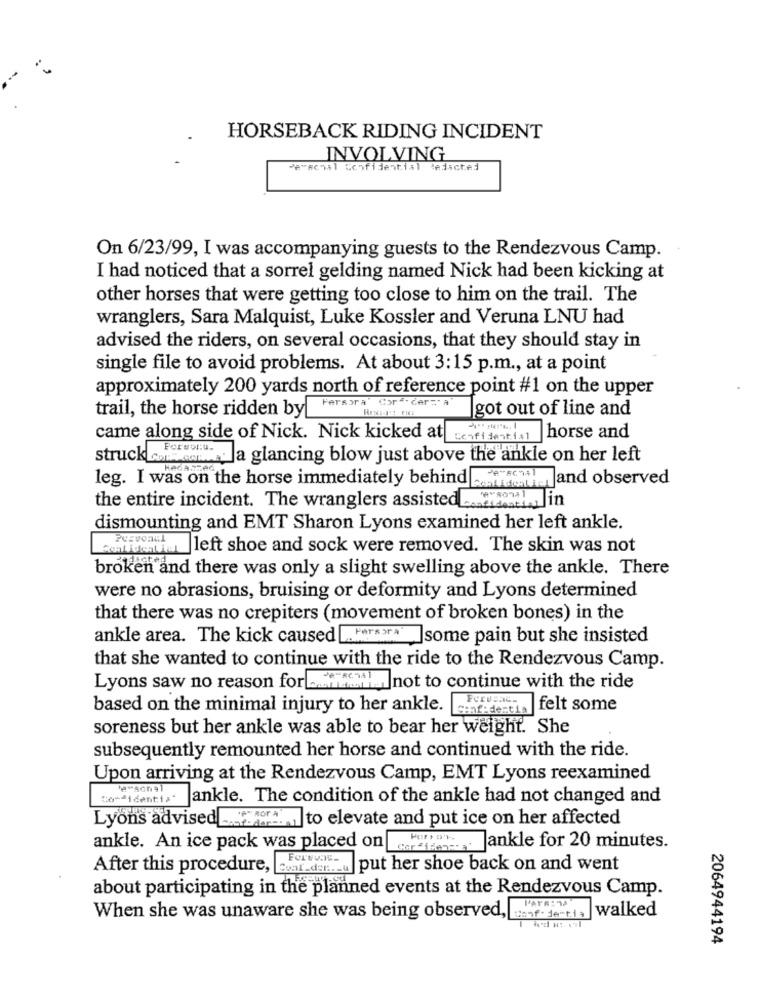
HORSEBACK RIDING INCIDENT
INVOLVING
Perschal Confidential tedacted
On 6/23/99, I was accompanying guests to the Rendezvous Camp.
I had noticed that a sorrel gelding named Nick had been kicking at
other horses that were getting too close to him on the trail. The
wranglers, Sara Malquist, Luke Kossler and Veruna LNU had
advised the riders, on several occasions, that they should stay in
single file to avoid problems. At about 3:15 p.m ., at a point
approximately 200 yards north of reference point #1 on the upper
trail, the horse ridden by
Fersora" Cor ". der=" a"
got out of line and
came along side of Nick. Nick kicked at
Confidential horse and
struck cons con a glancing blow just above the ankle on her left
leg. I was on the horse immediately behind and observed
the entire incident. The wranglers assistedall in
dismounting and EMT Sharon Lyons examined her left ankle.
Letitetwa left shoe and sock were removed. The skin was not
broken and there was only a slight swelling above the ankle. There
were no abrasions, bruising or deformity and Lyons determined
that there was no crepiters (movement of broken bones) in the
ankle area. The kick caused Herswr
para or^' ]some pain but she insisted
that she wanted to continue with the ride to the Rendezvous Camp.
Lyons saw no reason foraname not to continue with the ride
based on the minimal injury to her ankle. Forvi-
Seaf dentia felt some
soreness but her ankle was able to bear her weight. She
subsequently remounted her horse and continued with the ride.
Upon arriving at the Rendezvous Camp, EMT Lyons reexamined
Confidenti> ankle. The condition of the ankle had not changed and
Lyons advised to elevate and put ice on her affected
ankle. An ice pack was placed on cor deide'
ankle for 20 minutes.
After this procedure, awar_den .... put her shoe back on and went
about participating in the planned events at the Rendezvous Camp.
walked
When she was unaware she was being observed, want . Jest.la
2064944194